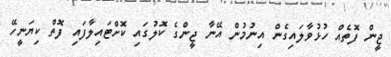
ޖީން ފޮތެއް ހުޅުވާލައިގެން އިނުމުން އޭނާ ޖީންގެ ކޮލުގައި ކޮށްޓައިލާފައި ފޮތް ކިޔަނީހޭ